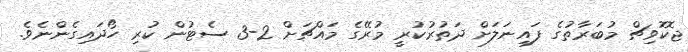
ޖޮކޮވިޗް މުބަރާތުގެ ފައިނަލަށް ދަތުރުކުރީ މުރޭގެ މައްޗަށް 2-3 ސެޓުން ކުރި ހޯދައިގެންނެވެ.